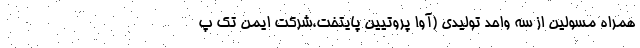
همراه مسولین از سه واحد تولیدی (آوا پروتیین پایتخت،شرکت ایمن تک پ